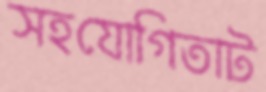
সহযোগিতাট